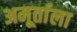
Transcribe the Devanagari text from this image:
अमूर्ताला